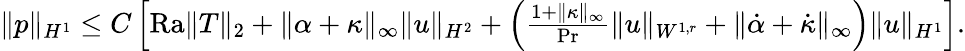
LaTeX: \begin{array}{r}{\| p\| _{H^{1}}\leq C\left[\mathrm{{Ra}}\| T\| _{2}+\| \alpha+\kappa\| _{\infty}\| u\| _{H^{2}}+\left(\frac{1+\| \kappa\| _{\infty}}{\mathrm{Pr}}\| u\| _{W^{1,r}}+\| \dot{\alpha}+\dot{\kappa}\| _{\infty}\right)\| u\| _{H^{1}}\right].}\end{array}